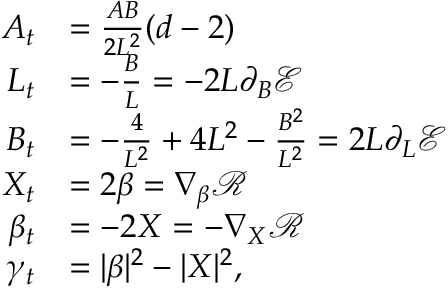
\begin{array} { r l } { A _ { t } } & { = \frac { A B } { 2 L ^ { 2 } } ( d - 2 ) } \\ { L _ { t } } & { = - \frac { B } { L } = - 2 L \partial _ { B } \mathcal { E } } \\ { B _ { t } } & { = - \frac { 4 } { L ^ { 2 } } + 4 L ^ { 2 } - \frac { B ^ { 2 } } { L ^ { 2 } } = 2 L \partial _ { L } \mathcal { E } } \\ { X _ { t } } & { = 2 \beta = \nabla _ { \beta } \mathcal { R } } \\ { \beta _ { t } } & { = - 2 X = - \nabla _ { X } \mathcal { R } } \\ { \gamma _ { t } } & { = | \beta | ^ { 2 } - | X | ^ { 2 } , } \end{array}